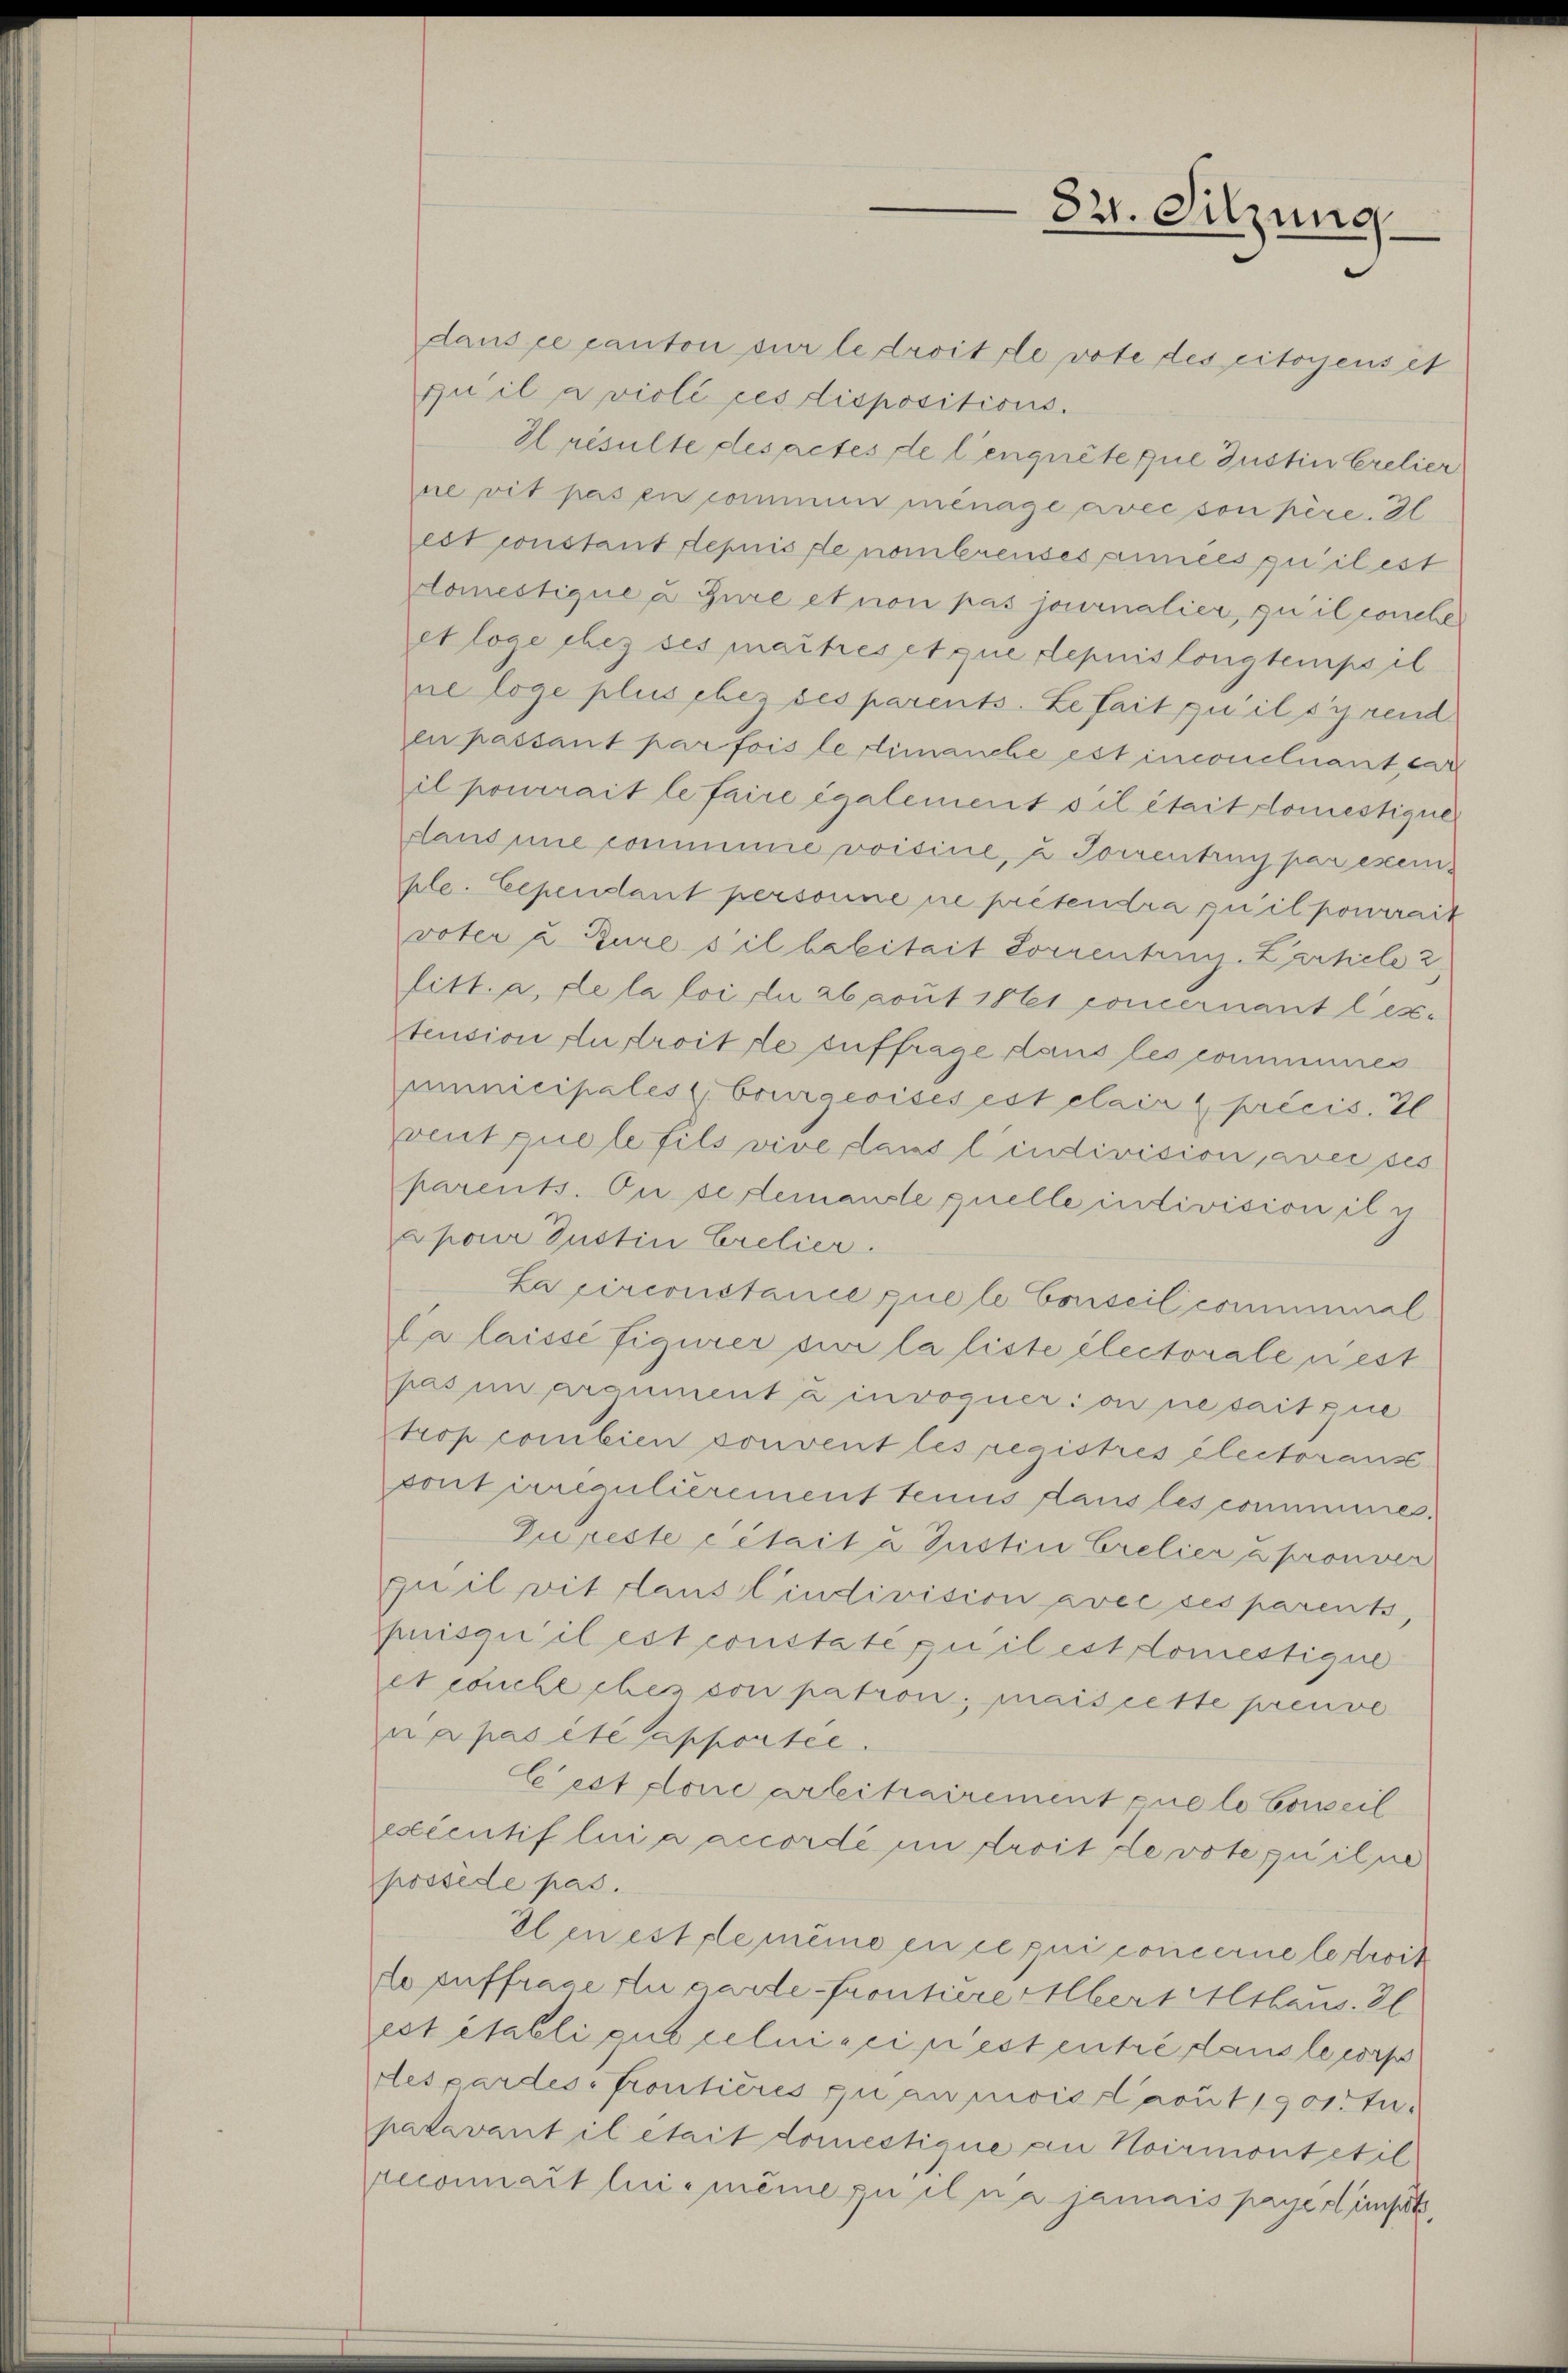
dans ce canton sur le droit le vote des citoyensit
pu il a violi ces dispositicis.
Hrésulte desactes de leugnete que Justin Crelier
ne vit pas en commen ménage avec son père. Il
est constant depuis de nombreuses années quilest
domestique u. Gure et non pas journalier, zu il concle
et loge chez ses maîtres et que depuis longtemps il
ne loge plus chez des parents. Le fait qu’ils y rend
en passant par fois le dimanche est inconcluant dar
il pourrait le faire également vil était domestique
Lansine commme voisine, u Torrentrin par exemple. Cependant personne ne prétendra qu’il pourrait
voter u. Zure s’il habitait Lorzentrug. Partiele 2,
litt. a, de la loi du 26 avut 11 poncernant les-
stension du droit le suffrage dans les communes
immnicipales bourgeoises est claire précis. 2
vent quele fils vive dans lindivision, avec ses
parents. Du selemandte quelle intivision il c
Epour Justin Crelier.
Lapirconstance que le Conseilcominal
Calaisse figurer sie la liste électorale riest
pas in argument u invoquer: on nesait que
trop combien konvent les registrés électorans
sont irregulièrement tenus dans les commeres.
Zu reste cétait u Justin Crelier à prouver
quil vit Laustindivision avec des parents,
puisqu’il est constaté qu’il est domestique
et couche ches son patron; mais cette preuve
ua pas été apportée.
Cest done arbeitrairement que lo Conseil
exécutif lui a accordé im droit devote quilne
possede pas.
Elen est le même en ce qui concerne le troit
lo auffrage du garde-frontiere Albert Althaus. 3
est établi gut celui seinest entre dans le corps
despardes Frontières quan nivie Caput 1901. Jupadavant il était domestique an Hoirmontetil
reconnait lui-même zu il na jamais payéslimmst,

321. Sitzung